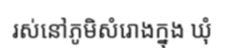
រស់នៅភូមិសំរោងក្នុង ឃុំ